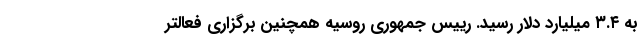
به ۳.۴ میلیارد دلار رسید. رییس جمهوری روسیه همچنین برگزاری فعالتر